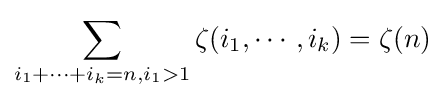
\sum _{i_{1}+\cdots +i_{k}=n,i_{1}>1}\zeta (i_{1},\cdots ,i_{k})=\zeta (n)